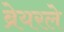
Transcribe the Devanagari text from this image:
ब्रेयरले